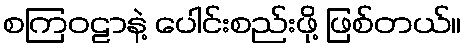
စကြဝဠာနဲ့ ပေါင်းစည်းဖို့ ဖြစ်တယ်။